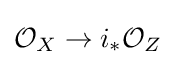
{\mathcal {O}}_{X}\to i_{*}{\mathcal {O}}_{Z}